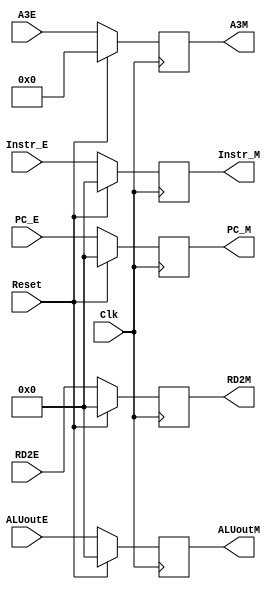
`timescale 1ns / 1ps
//////////////////////////////////////////////////////////////////////////////////
// Company: 
// Engineer: 
// 
// Design Name: 
// Module Name:    Mreg 
// Project Name: 
// Target Devices: 
// Tool versions: 
// Description: 
//
// Dependencies: 
//
// Revision: 
// Revision 0.01 - File Created
// Additional Comments: 
//
//////////////////////////////////////////////////////////////////////////////////
module Mreg(
    input Clk,
    input Reset,
    input [31:0] Instr_E,
    input [4:0] A3E,
    input [31:0] PC_E,
	 
	 input [31:0] ALUoutE,
	 input [31:0] RD2E,
	 
    output reg [31:0] Instr_M,
    output reg [4:0] A3M,
    output reg [31:0] PC_M,
    output reg [31:0] ALUoutM,
	 output reg [31:0] RD2M
    );
	 
	 always@(posedge Clk) begin
	     if(Reset) begin
		      Instr_M <= 32'b0;
				A3M     <= 5'b0;
				PC_M    <= 32'b0;
				ALUoutM <= 32'b0;
				RD2M    <= 32'b0;
		  end
		  else begin
		      Instr_M <= Instr_E;
				A3M     <= A3E;
				PC_M    <= PC_E;
				ALUoutM <= ALUoutE;
				RD2M    <= RD2E;		   
		  end
	 end


endmodule